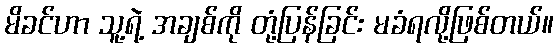
မိခင်ဟာ သူ့ရဲ့ အချစ်ကို တုံ့ပြန်ခြင်း မခံရလို့ဖြစ်တယ်။